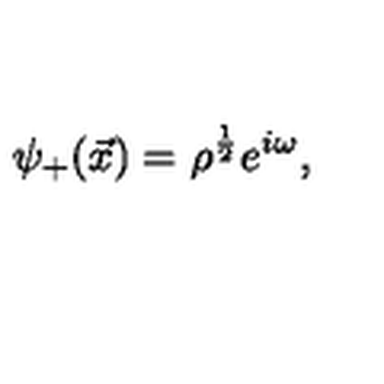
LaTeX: { \psi } _ { + } ( \vec { x } ) = { \rho } ^ { \frac { 1 } { 2 } } e ^ { i \omega } ,